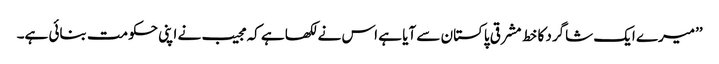
’’میرے ایک شاگرد کا خط مشرقی پاکستان سے آیا ہے اس نے لکھا ہے کہ مجیب نے اپنی حکومت بنائی ہے۔